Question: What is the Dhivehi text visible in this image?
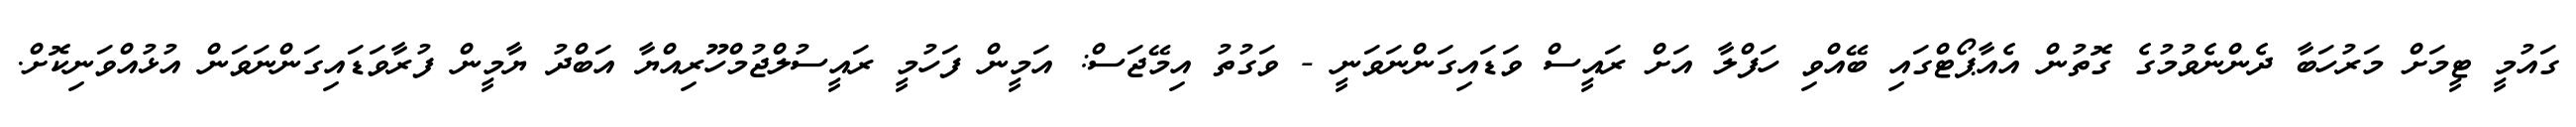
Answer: ގައުމީ ޓީމަށް މަރުހަބާ ދެންނެވުމުގެ ގޮތުން އެއާޕޯޓްގައި ބޭއްވި ހަފްލާ އަށް ރައީސް ވަޑައިގަންނަވަނީ - ވަގުތު އިމޭޖަސް: އަމީން ފަހުމީ ރައީސުލްޖުމްހޫރިއްޔާ އަބްދު ޔާމީން ފުރާވަޑައިގަންނަވަން އުޅުއްވަނިކޮށް.